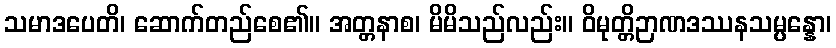
သမာဒပေတိ၊ ဆောက်တည်စေ၏။ အတ္တနာစ၊ မိမိသည်လည်း။ ဝိမုတ္တိဉာဏဒဿနသမ္ပန္နော၊